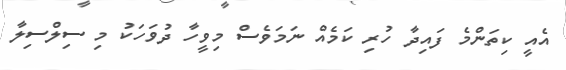
އެއީ ކިތަންމެ ފައިދާ ހުރި ކަމެއް ނަމަވެސް މިވީހާ ދުވަހަކު މި ސިލްސިލާ